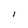
Character: I